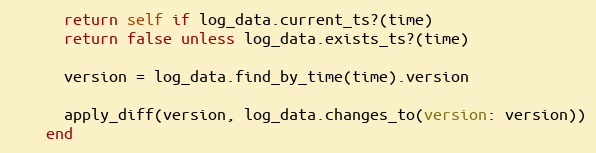
Language: Ruby
      return self if log_data.current_ts?(time)
      return false unless log_data.exists_ts?(time)

      version = log_data.find_by_time(time).version

      apply_diff(version, log_data.changes_to(version: version))
    end